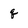
Character: q